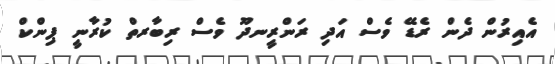
އެއިރުން ދެން ރެޑޭ ވެސް އަދި ރަންރީނދޫ ވެސް ރިބާރތް ކުރާނީ ޕިންކް